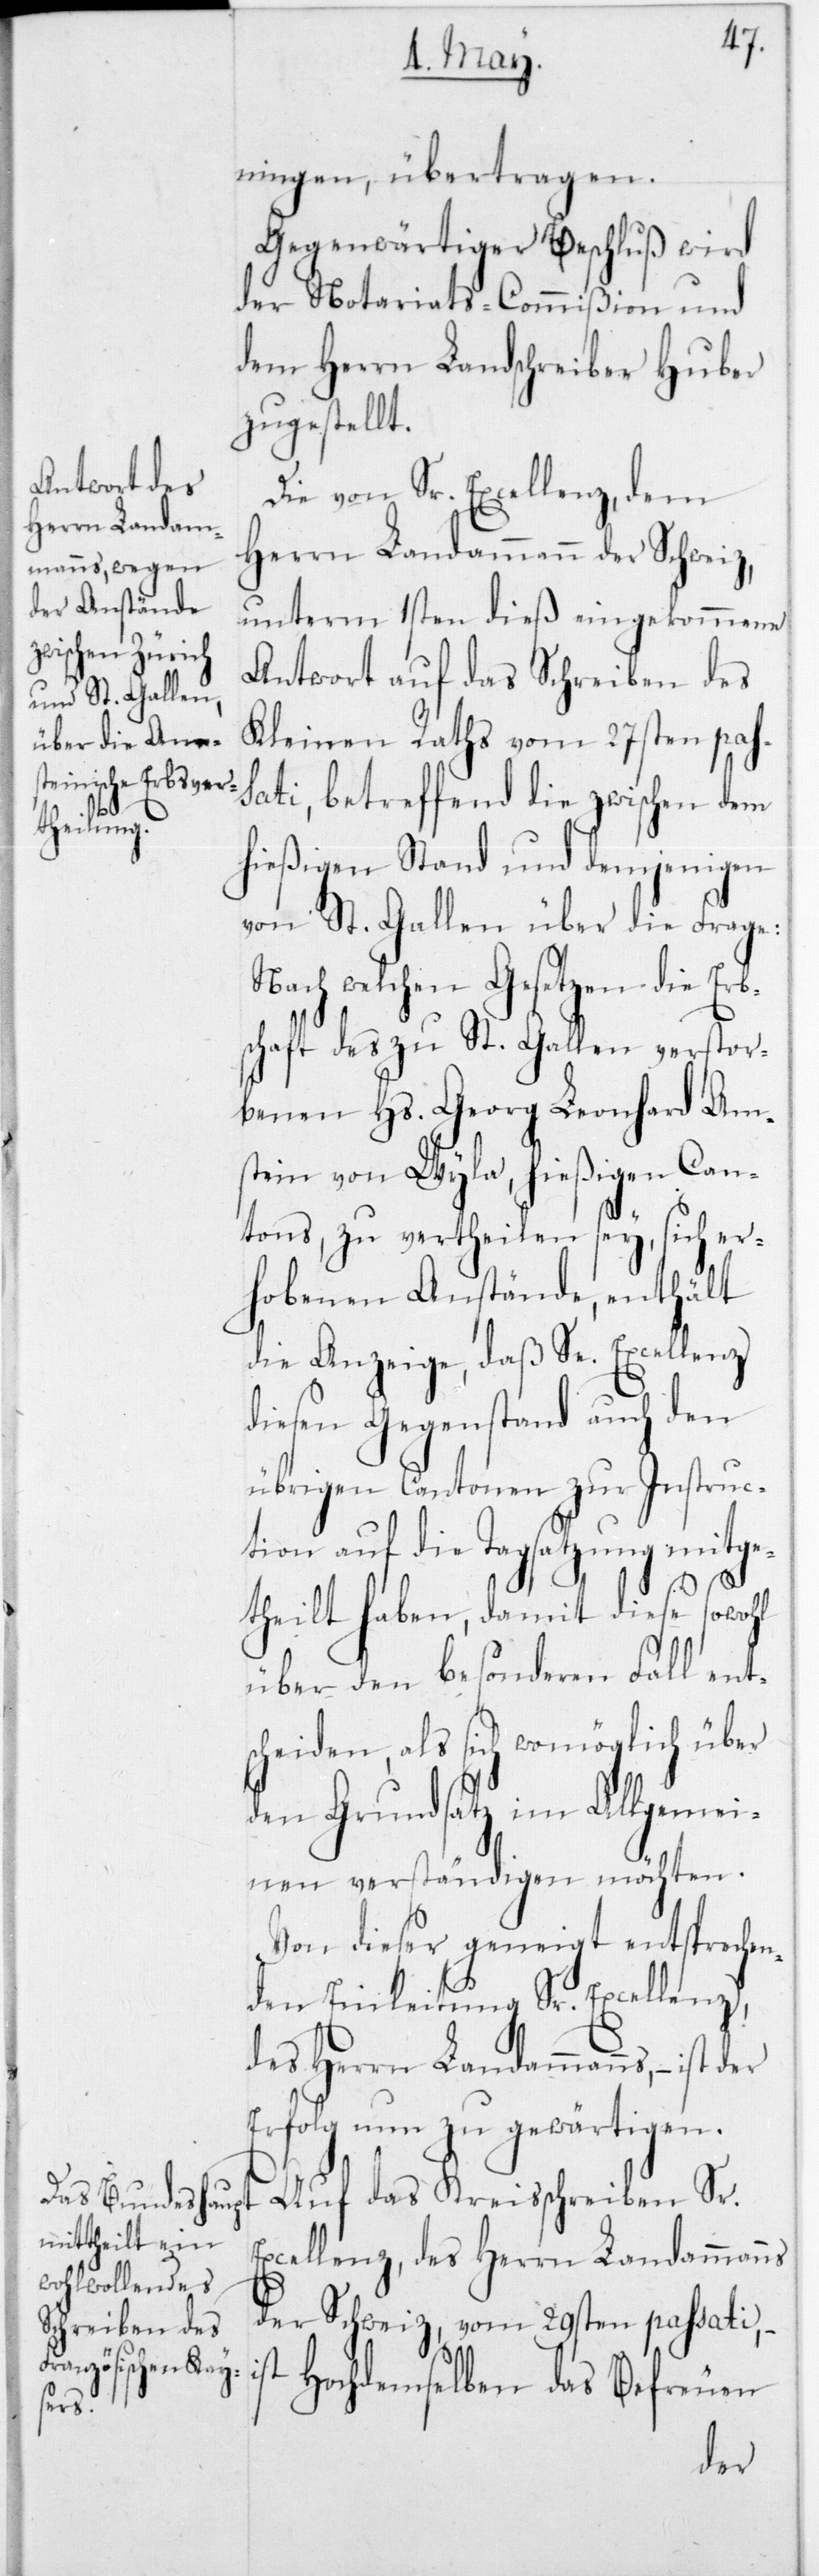
ningen übertragen.
Gegenwärtiger Beschluß wird
der Notariats-Commißion und
dem Herrn Landschreiber Huber
zugestellt.
Die von Sr. Excellenz, dem
Herrn Landammann der Schweiz,
unterm 1sten dieß eingekommene
Antwort auf das Schreiben des
Kleinen Raths vom 27sten pas¬
sati, betreffend die zwischen dem
hießigen Stand und demjenigen
von St. Gallen über die Frage:
Nach welchen Gesetzen die Erb¬
schaft des zu St. Gallen verstor¬
benen Hs. Georg Leonhard Am¬
stein von Wyla, hießigen Can¬
tons, zu vertheilen sey, sich er¬
hobenen Anstände, enthält
die Anzeige, daß Se. Excellenz
diesen Gegenstand auch den
übrigen Cantonen zur Instruc¬
tion auf die Tagsatzung mitge¬
theilt haben, damit diese sowohl
über den besonderen Fall ent¬
scheiden, als sich womöglich über
den Grundsatz im Allgemei¬
nen verständigen möchten.
Von dieser geneigt entsprechen¬
den Einleitung Sr. Excellenz,
des Herrn Landammanns, – ist der
Erfolg nun zu gewärtigen.
Auf das Kreisschreiben Sr.
cellenz, des Herrn Landammanns
der Schweiz, vom 29sten passati, –
Hochdemselben das Befreuen
Ex¬